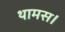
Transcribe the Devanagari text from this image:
थामस।